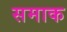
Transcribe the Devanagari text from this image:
समाक